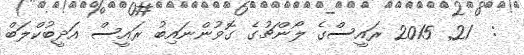
:  21